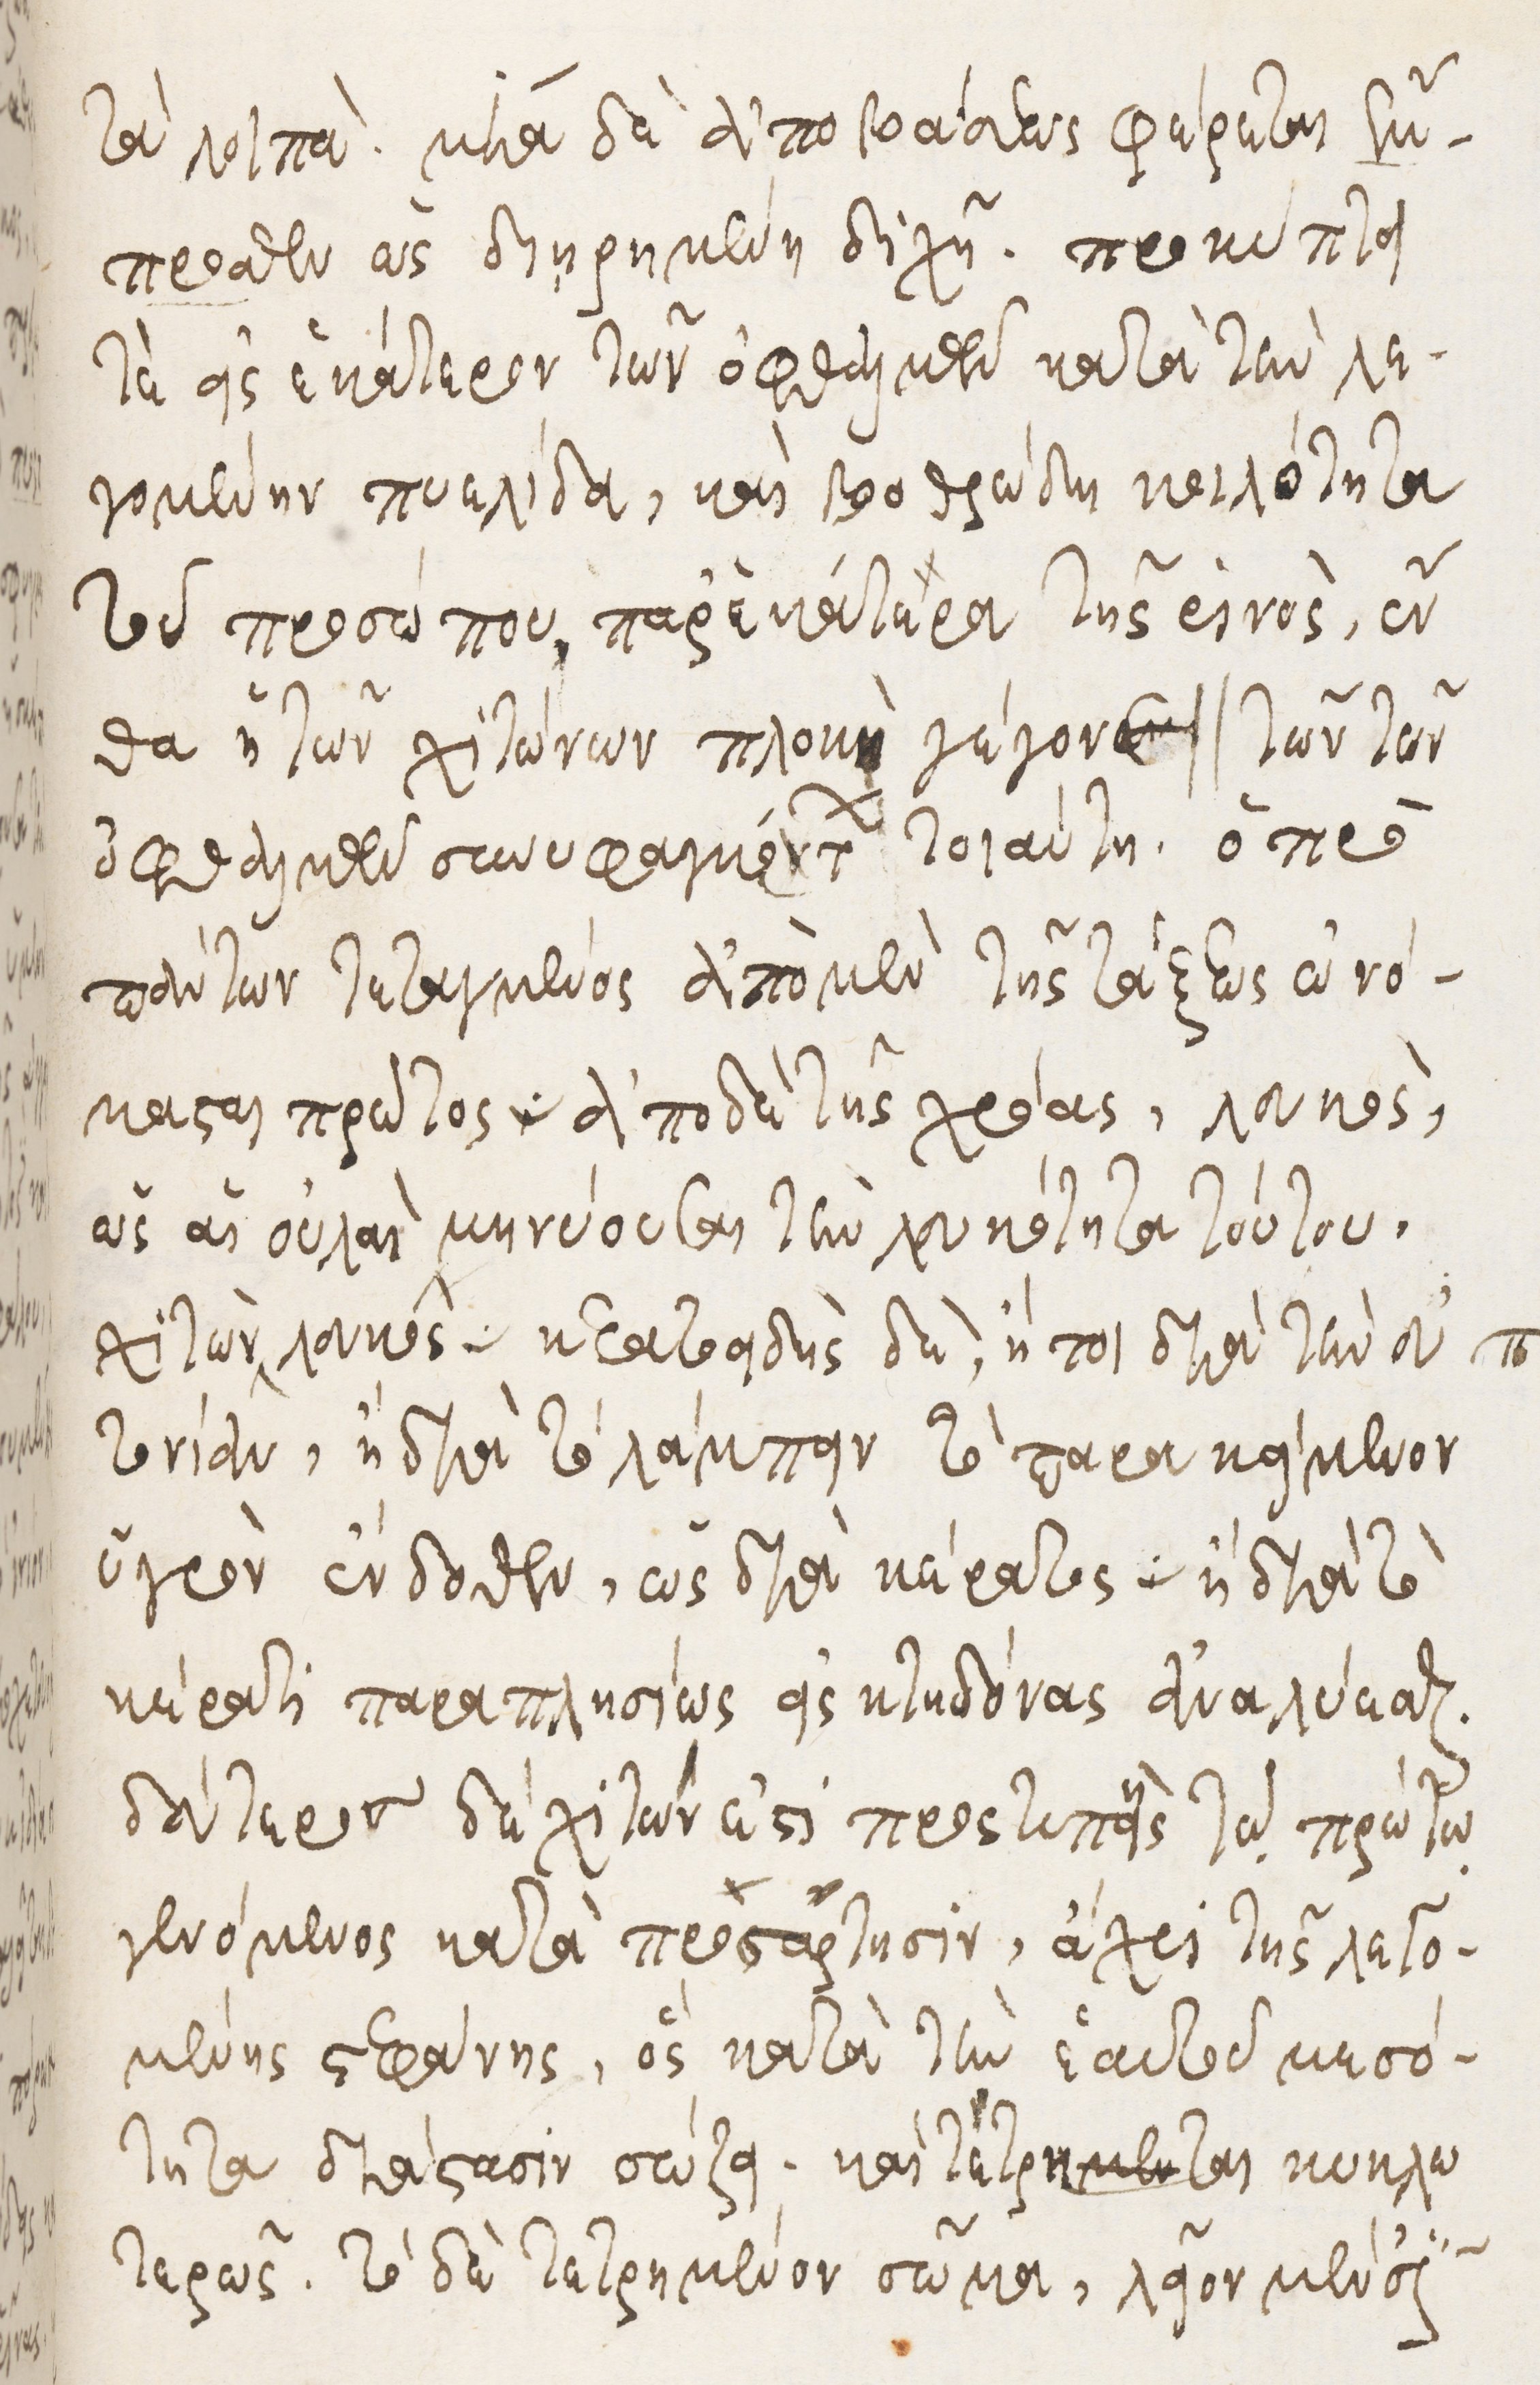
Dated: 1535–1575